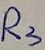
Text: R3